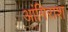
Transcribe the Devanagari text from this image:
आंगिराश